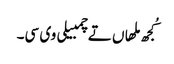
کُجھ ملھاں تے چمبیلی وی سی۔